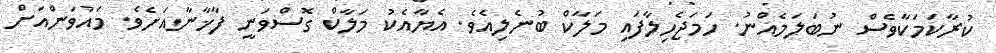
ކުރާކަމަކާވެސް ނުބަލަމެއްނު. ހަމަޖެހިލާފައި މަލާކް ބުނެލިއެވެ. އެޔާއެކު މަލާކް ގޮސްވަނީ ފާޚާނާއަށެވެ. މައުވަންއަށް